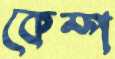
কেম্প